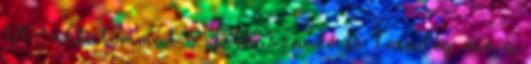
1202 alkalommal 0 Felhasználó és 1 vendég van a